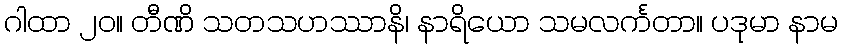
ဂါထာ ၂၀။ တီဏိ သတသဟဿာနိ၊ နာရိယော သမလင်္ကတာ။ ပဒုမာ နာမ